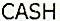
CASH